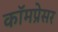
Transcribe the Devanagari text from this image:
कॉमप्रेसर